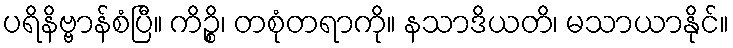
ပရိနိဗ္ဗာန်စံပြီ။ ကိဉ္စိ၊ တစုံတရာကို။ နသာဒိယတိ၊ မသာယာနိုင်။